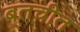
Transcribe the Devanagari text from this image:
बतचीत